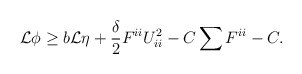
\begin{align*}\begin{aligned}\mathcal{L} \phi \geq b \mathcal{L} \eta + \frac{\delta}{2} F^{ii} U_{ii}^2 - C \sum F^{ii} - C.\end{aligned}\end{align*}